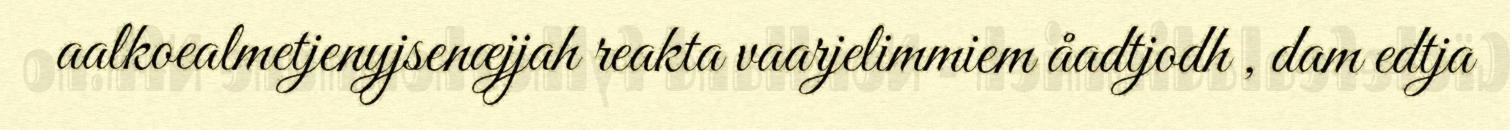
aalkoealmetjenyjsenæjjah reakta vaarjelimmiem åadtjodh , dam edtja